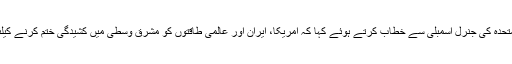
فرانسیسی صدر نے اقوام متحدہ کی جنرل اسمبلی سے خطاب کرتے ہوئے کہا کہ امریکا، ایران اور عالمی طاقتوں کو مشرق وسطیٰ میں کشیدگی ختم کرنے کیلئے بات چیت کرنا چاہئے۔